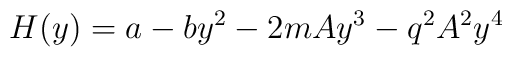
H(y) = a  - by^2 -2mAy^3 -q^2A^2y^4